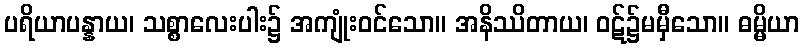
ပရိယာပန္နာယ၊ သစ္စာလေးပါး၌ အကျုံးဝင်သော။ အနိဿိတာယ၊ ဝဋ်၌မမှီသော။ ဓမ္မိယာ